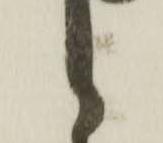
々